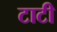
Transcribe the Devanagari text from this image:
टाटी